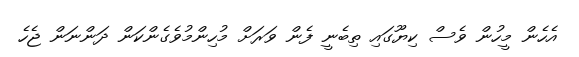
އެހެން މީހުން ވެސް ކިޔޫގައި ތިބެނީ ފެން ވަރަށް މުހިންމުވެގެންކަން ދަންނަން ޖެހެ